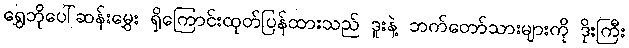
ရွှေဘိုပေါ်ဆန်းမွှေး ရှိကြောင်းထုတ်ပြန်ထားသည် ဒူးနဲ့ ဘက်တော်သားများကို ဒိုးကြီး